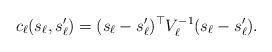
LaTeX: \begin{align*} c_{\ell} (s_\ell, s_\ell') = (s_\ell - s_\ell')^{\top} V_\ell^{-1} (s_\ell - s_\ell'). \end{align*}